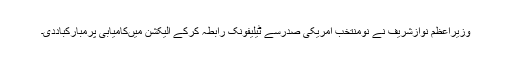
وزیراعظم نوازشریف نے نومنتخب امریکی صدرسے ٹیلیفونک رابطہ کرکے الیکشن میںکامیابی پرمبارکباددی۔